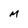
Character: M